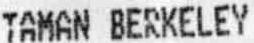
TAMAN BERKELEY